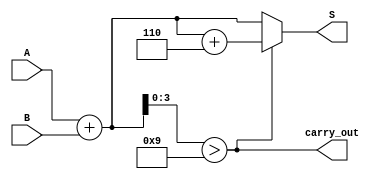
module BCD_Redundant_Binary_Adder (
    input [3:0] A,         // BCD input A
    input [3:0] B,         // BCD input B
    output reg [4:0] S,    // 5-bit redundant binary output
    output reg carry_out    // Carry out for multi-digit addition
);

    // Internal signals
    wire [4:0] sum;        // Intermediate sum
    wire [4:0] corrected_sum; // Corrected sum after BCD adjustment
    wire carry;            // Carry flag for BCD addition

    // Step 1: Perform binary addition
    assign sum = {1'b0, A} + {1'b0, B}; // Extend A and B to 5 bits for addition

    // Step 2: Check for BCD correction
    assign carry = sum[3:0] > 4'b1001; // Check if the sum exceeds 9

    // Step 3: Correct the sum if necessary
    assign corrected_sum = carry ? (sum + 5'b00110) : sum; // Add 6 if correction is needed

    // Step 4: Assign outputs
    always @(*) begin
        S = corrected_sum; // Output the corrected sum
        carry_out = carry; // Set carry_out if there is a carry
    end

endmodule